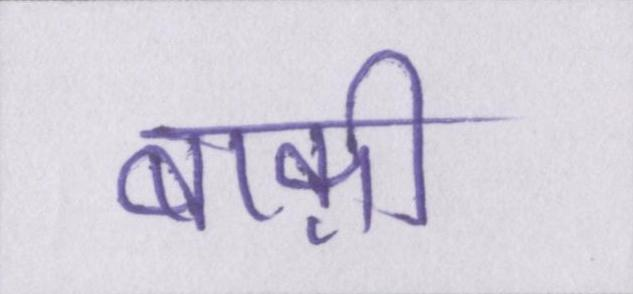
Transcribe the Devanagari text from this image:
बाक़ी